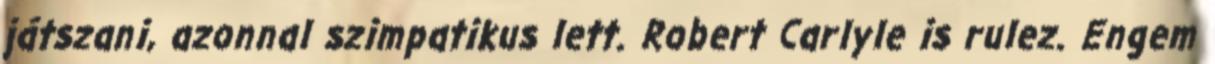
játszani, azonnal szimpatikus lett. Robert Carlyle is rulez. Engem